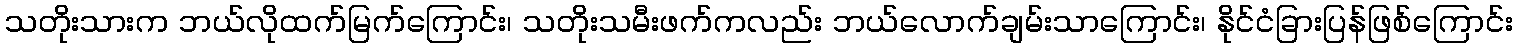
သတိုးသားက ဘယ်လိုထက်မြက်ကြောင်း၊ သတိုးသမီးဖက်ကလည်း ဘယ်လောက်ချမ်းသာကြောင်း၊ နိုင်ငံခြားပြန်ဖြစ်ကြောင်း